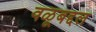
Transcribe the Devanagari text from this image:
वळूबद्दल